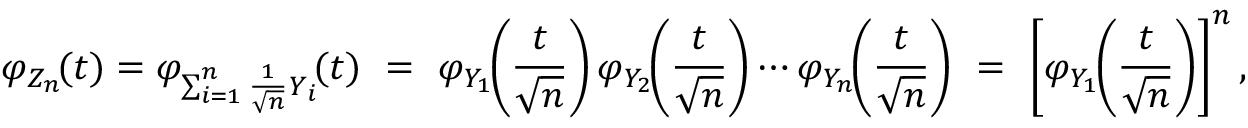
\varphi _ { Z _ { n } } \! ( t ) = \varphi _ { \sum _ { i = 1 } ^ { n } { { \frac { 1 } { \sqrt { n } } } Y _ { i } } } \! ( t ) \ = \ \varphi _ { Y _ { 1 } } \! \! \left( { \frac { t } { \sqrt { n } } } \right) \varphi _ { Y _ { 2 } } \! \! \left( { \frac { t } { \sqrt { n } } } \right) \cdots \varphi _ { Y _ { n } } \! \! \left( { \frac { t } { \sqrt { n } } } \right) \ = \ \left[ \varphi _ { Y _ { 1 } } \! \! \left( { \frac { t } { \sqrt { n } } } \right) \right] ^ { n } ,